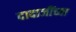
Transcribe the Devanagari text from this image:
दादाजींच्या